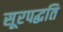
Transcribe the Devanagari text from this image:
सूरपद्धति